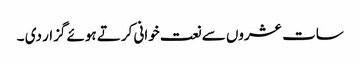
سات عشروں سے نعت خوانی کرتے ہوئے گزار دی ۔